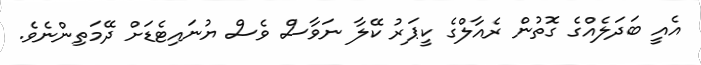
އެއީ ބަދަލެއްގެ ގޮތުން ރެއާލްގެ ކީޕަރު ކޭލާ ނަވާސް ވެސް ޔުނައިޓެޑަށް ދޭމަތިންނެވެ.